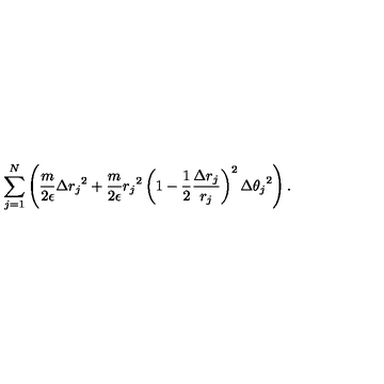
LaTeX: \sum _ { j = 1 } ^ { N } \left( \frac { m } { 2 \epsilon } \Delta { r _ { j } } ^ { 2 } + \frac { m } { 2 \epsilon } { r _ { j } } ^ { 2 } \left( 1 - \frac { 1 } { 2 } \frac { \Delta r _ { j } } { r _ { j } } \right) ^ { 2 } \Delta { \theta _ { j } } ^ { 2 } \right) .